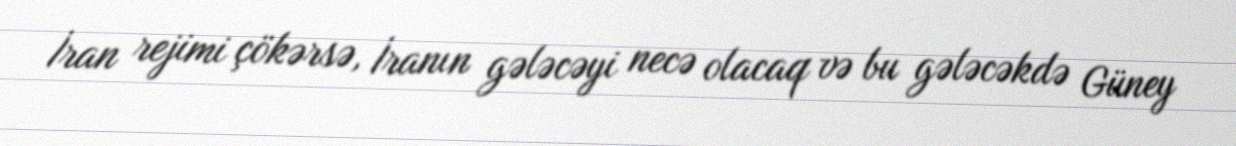
İran rejimi çökərsə, İranın gələcəyi necə olacaq və bu gələcəkdə Güney